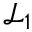
\mathcal { L } _ { 1 }